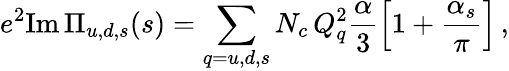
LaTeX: e^{2}\mathrm{Im}\, \Pi_{u,d,s}(s)=\sum_{q=u,d,s}N_{c}\, Q_{q}^{2}\frac{\alpha}{3}\left[1+\frac{\alpha_{s}}{\pi}\right]\, ,